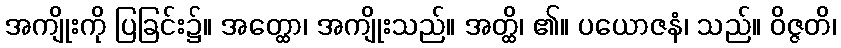
အကျိုးကို ပြခြင်း၌။ အတ္ထော၊ အကျိုးသည်။ အတ္ထိ၊ ၏။ ပယောဇနံ၊ သည်။ ဝိဇ္ဇတိ၊